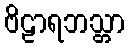
ဗိဠာရဘသ္တာ